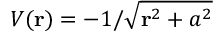
V ( \mathbf { r } ) = - 1 / \sqrt { \mathbf { r } ^ { 2 } + a ^ { 2 } }